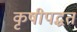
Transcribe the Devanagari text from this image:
कृषीपद्धत